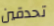
تحدقين